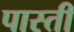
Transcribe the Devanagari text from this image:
पास्ती